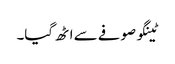
ٹینگو صوفے سے اٹھ گیا۔